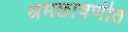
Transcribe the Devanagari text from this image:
श्रमछावणीत